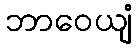
ဘာဝေယျံ